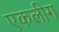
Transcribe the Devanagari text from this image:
एकलीग